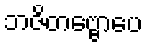
ဘဇိတဗ္ဗောပေ